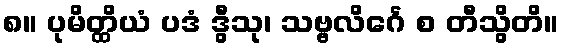
၈။ ပုမိတ္ထိယံ ပဒံ ဒွီသု၊ သဗ္ဗလိင်္ဂေ စ တီသွိတိ။